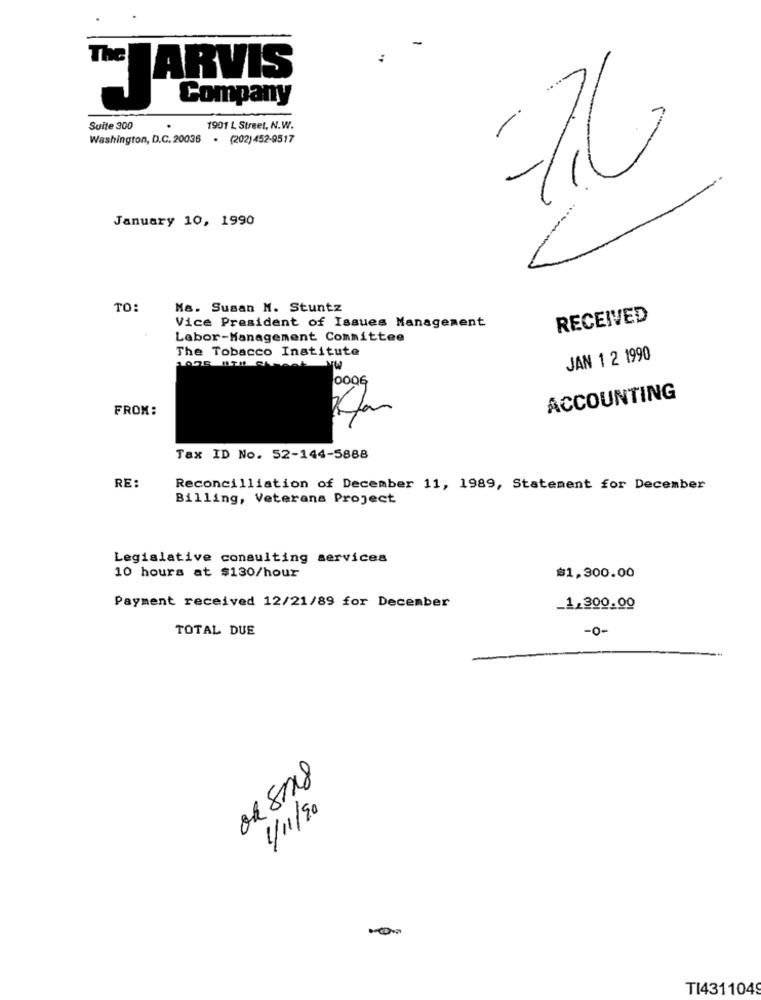
:
The
JARVIS
Suite 300
1901 L Street, N.W.
Washington, D.C. 20036 . (202)452-9517
-76
January 10, 1990
TO:
Ms. Susan M. Stuntz
Vice President of Issues Management
RECEIVED
Labor-Management Committee
The Tobacco Institute
JAN 1 2 1990
0006
ACCOUNTING
FROM:
Tax ID No. 52-144-5888
RE:
Reconcilliation of December 11, 1989, Statement for December
Billing, Veterans Project
Legislative consulting services
10 hours at $130/hour
$1,300.00
Payment received 12/21/89 for December
_1,300.00
TOTAL DUE
-o-
02818
1/11/20
-
TI4311049